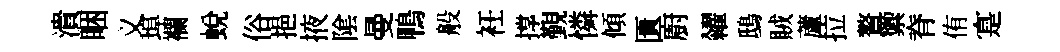
潰睏义埠襴蜕俗挹掖隂曼鴨般衽撑覲憐傾匱廚糴鴟賊蘆拉贅籞脊侑寔